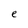
Character: e